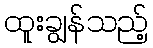
ထူးချွန်သည့်